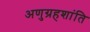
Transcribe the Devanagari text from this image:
अणुग्रहशांति